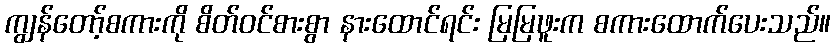
ကျွန်တော့်စကားကို စိတ်ဝင်စားစွာ နားထောင်ရင်း မြမြဖူးက စကားထောက်ပေးသည်။